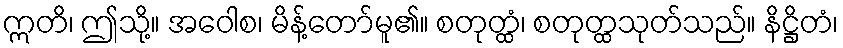
ဣတိ၊ ဤသို့။ အဝေါစ၊ မိန့်တော်မူ၏။ စတုတ္ထံ၊ စတုတ္ထသုတ်သည်။ နိဋ္ဌိတံ၊